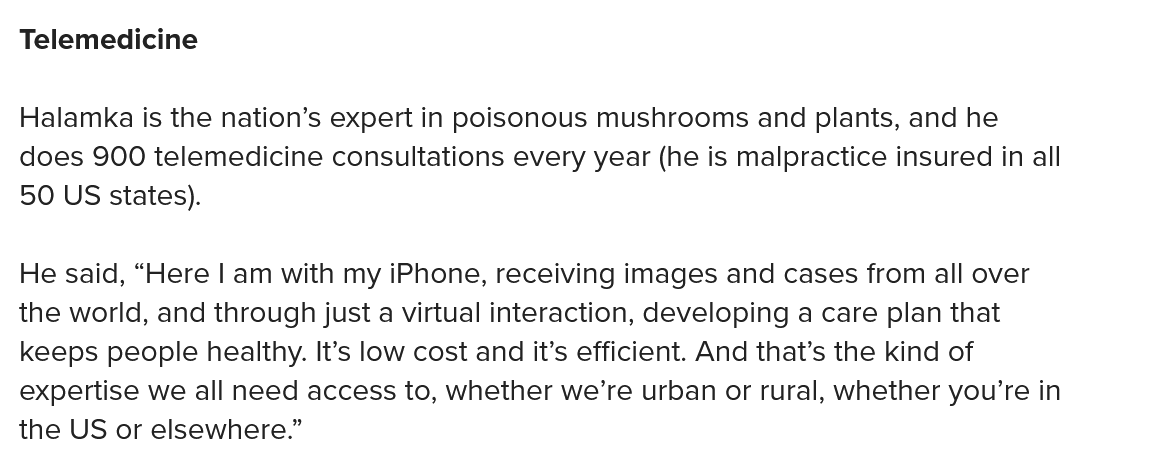
Telemedicine
  Halamka is the nation’s expert in poisonous mushrooms and plants, and he
  does 900 telemedicine consultations every year (he is malpractice insured in all
  50 US states).
  He said, “Here | am with my iPhone, receiving images and cases from all over
  the world, and through just a virtual interaction, developing a care plan that
  keeps people healthy. It’s low cost and it’s efficient. And that’s the kind of
  expertise we all need access to, whether we’re urban or rural, whether you're in
  the US or elsewhere.”